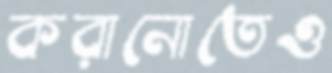
করানোতেও